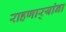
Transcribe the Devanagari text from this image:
राहणार्‍यांना